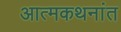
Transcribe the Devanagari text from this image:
आत्मकथनांत